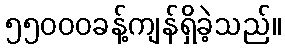
၅၅၀၀၀ခန့်ကျန်ရှိခဲ့သည်။